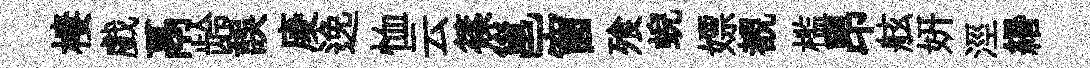
棲戲鬲龄誤庱𨓜恤云篠邕窗飱蜺嫖覩槛昂舷妍涇緡